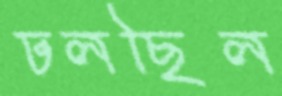
ঢলছিল